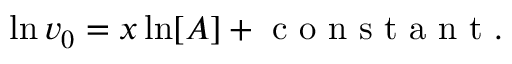
\ln v _ { 0 } = x \ln [ A ] + { \textrm { c o n s t a n t } } .